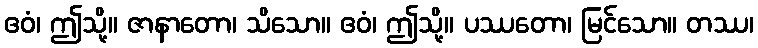
ဧဝံ၊ ဤသို့။ ဇာနာတော၊ သိသော။ ဧဝံ၊ ဤသို့။ ပဿတော၊ မြင်သော။ တဿ၊